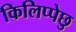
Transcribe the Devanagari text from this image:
किलिप्पेछु